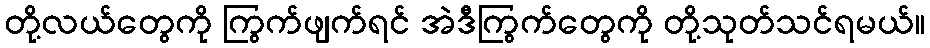
တို့လယ်တွေကို ကြွက်ဖျက်ရင် အဲဒီကြွက်တွေကို တို့သုတ်သင်ရမယ်။